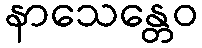
နာသေန္တေဝ